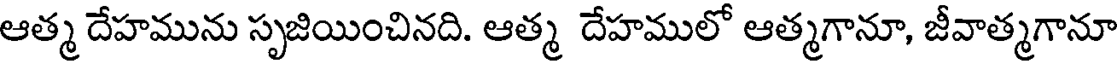
ఆత్మ దేహమును సృజియించినది. ఆత్మ దేహములో ఆత్మగానూ, జీవాత్మగానూ